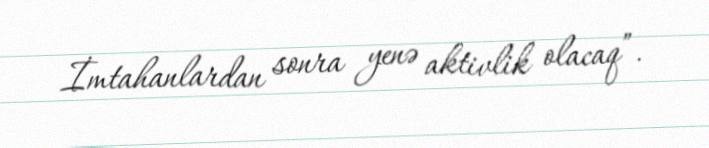
İmtahanlardan sonra yenə aktivlik olacaq”.